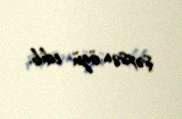
şəxsən özü edib.